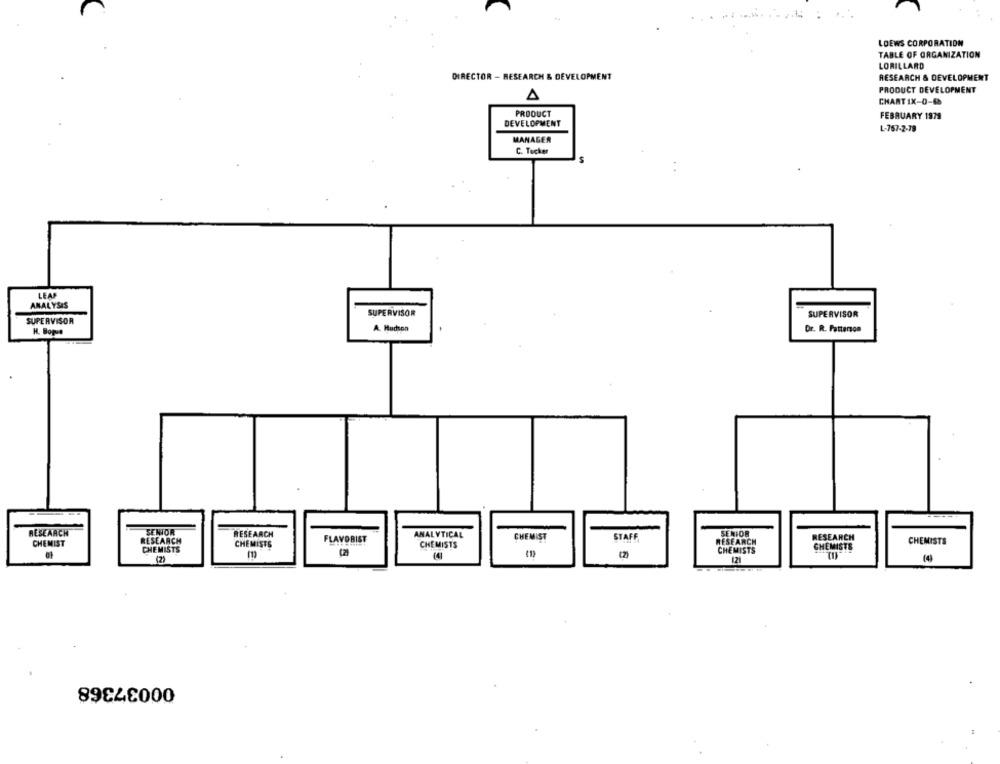
LOEWS CORPORATION
TABLE OF ORGANIZATION
LORILLARD
DIRECTOR - RESEARCH & DEVELOPMENT
RESEARCH & DEVELOPMENT
PRODUCT DEVELOPMENT
CHART IX-0-6
PRODUCT
FEBRUARY 1979
DEVELOPMENT
L-767-2-78
MANAGER
C. Tucker
LEAF
ANALYSIS
SUPERVISOR
SUPERVISOR
SUPERVISOR
A. Hudson
Dr. R. Patterson
H. Bopve
RESEARCH
SENIOR
RESEARCH
ANALYTICAL
CHEMIST
STAFF
SENIOR
RESEARCH
CHEMIST
RESEARCH
CHEMISTS
FLAVORIST
CHEMISTS
RESEARCH
CHEMISTS
CHEMISTS
CHEMISTS
CHEMISTS
(41
(2)
00037368